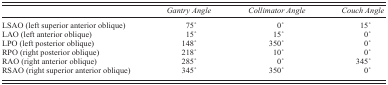
<table><thead><tr><td></td><td><b><i>Gantry Angle</i></b></td><td><b><i>Collimator Angle</i></b></td><td><b><i>Couch Angle</i></b></td></tr></thead><tbody><tr><td>LSAO (left superior anterior oblique)</td><td>75°</td><td>0°</td><td>15°</td></tr><tr><td>LAO (left anterior oblique)</td><td>15°</td><td>15°</td><td>0°</td></tr><tr><td>LPO (left posterior oblique)</td><td>148°</td><td>350°</td><td>0°</td></tr><tr><td>RPO (right posterior oblique)</td><td>218°</td><td>10°</td><td>0°</td></tr><tr><td>RAO (right anterior oblique)</td><td>285°</td><td>0°</td><td>345°</td></tr><tr><td>RSAO (right superior anterior oblique)</td><td>345°</td><td>350°</td><td>0°</td></tr></tbody></table>